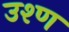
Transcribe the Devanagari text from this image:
उश्ण